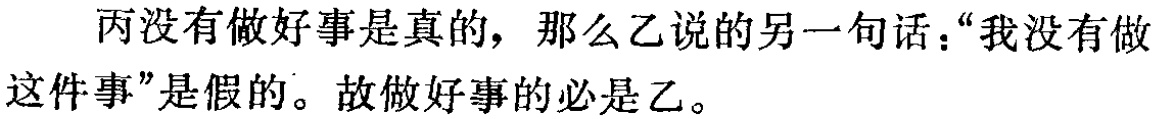
丙没有做好事是真的，那么乙说的另一句话：“我没有做这件事”是假的。故做好事的必是乙。